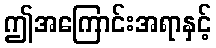
ဤအကြောင်းအရာနှင့်